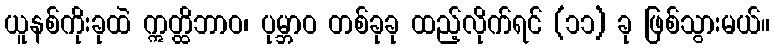
ယူနစ်ကိုးခုထဲ ဣတ္ထိဘာဝ၊ ပုမ္ဘာဝ တစ်ခုခု ထည့်လိုက်ရင် (၁၁) ခု ဖြစ်သွားမယ်။